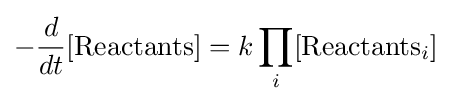
-{d \over dt}[{\text{Reactants}}]=k\prod _{i}[{\text{Reactants}}_{i}]